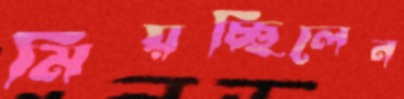
মিয়চ্ছিলেন